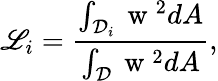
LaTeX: \mathscr{L}_{i}=\frac{{\int_{\mathcal{{D}}_{i}}\mathrm{{~w~}}^{2}dA}}{{\int_{\mathcal{{D}}}\mathrm{{~w~}}^{2}dA}},